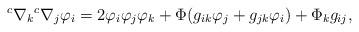
LaTeX: \begin{align*} {}^c\nabla_k{}^c\nabla_j\varphi_i=2\varphi_i\varphi_j\varphi_k+\Phi(g_{ik}\varphi_j+g_{jk}\varphi_i)+\Phi_kg_{ij}, \end{align*}